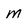
Character: m